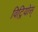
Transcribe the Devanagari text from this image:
विट्रियोस्